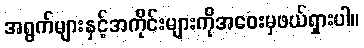
အရွက်များနှင့်အကိုင်းများကိုအဝေးမှဖယ်ရှားပါ။